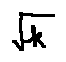
\sqrt { k }